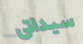
سيداتى